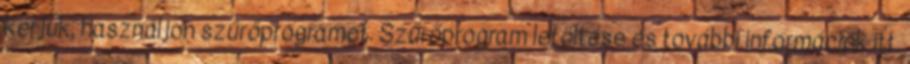
kérjük, használjon szűrőprogramot. Szűrőprogram letöltése és további információk itt.